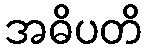
အဓိပတိ